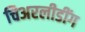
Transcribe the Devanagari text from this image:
चिअरलीडींग